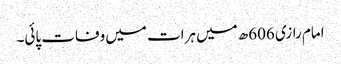
امام رازی 606ھ میں ہرات میں وفات پائی۔